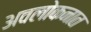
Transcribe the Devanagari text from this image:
अवलोकनात